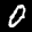
Label: 0